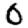
Digit: 0